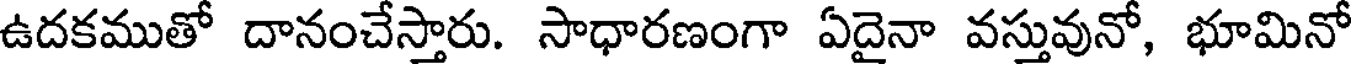
ఉదకముతో దానంచేస్తారు. సాధారణంగా ఏదైనా వస్తువునో, భూమినో